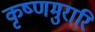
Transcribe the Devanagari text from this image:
कृष्णमुरारि